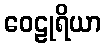
ဝေဠုရိယာ